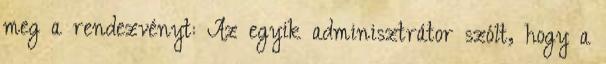
meg a rendezvényt: Az egyik adminisztrátor szólt, hogy a